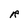
Character: R